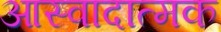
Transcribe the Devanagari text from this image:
आस्वादात्मक